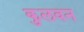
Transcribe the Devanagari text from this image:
कुलवन